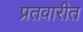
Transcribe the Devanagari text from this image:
प्रतवारीत